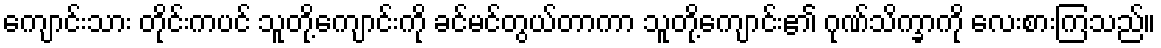
ကျောင်းသား တိုင်းကပင် သူတို့ကျောင်းကို ခင်မင်တွယ်တာကာ သူတို့ကျောင်း၏ ဂုဏ်သိက္ခာကို လေးစားကြသည်။